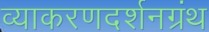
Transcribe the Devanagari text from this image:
व्याकरणदर्शनग्रंथ